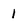
Character: 1